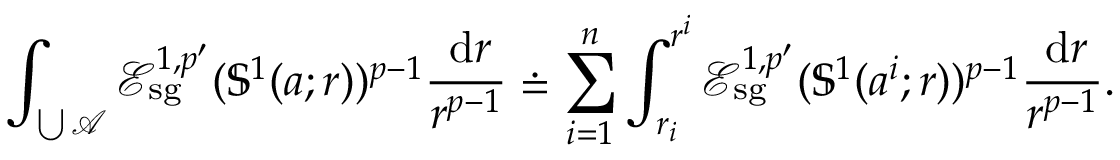
\int _ { \bigcup \mathcal A } \mathcal E _ { \mathrm { s g } } ^ { 1 , p ^ { \prime } } ( \mathbb S ^ { 1 } ( a ; r ) ) ^ { p - 1 } \frac { \, \mathrm d r } { r ^ { p - 1 } } \doteq \sum _ { i = 1 } ^ { n } \int _ { r _ { i } } ^ { r ^ { i } } \mathcal E _ { \mathrm { s g } } ^ { 1 , p ^ { \prime } } ( \mathbb S ^ { 1 } ( a ^ { i } ; r ) ) ^ { p - 1 } \frac { \, \mathrm d r } { r ^ { p - 1 } } .